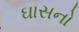
ઘાસનો